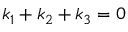
k _ { 1 } + k _ { 2 } + k _ { 3 } = 0